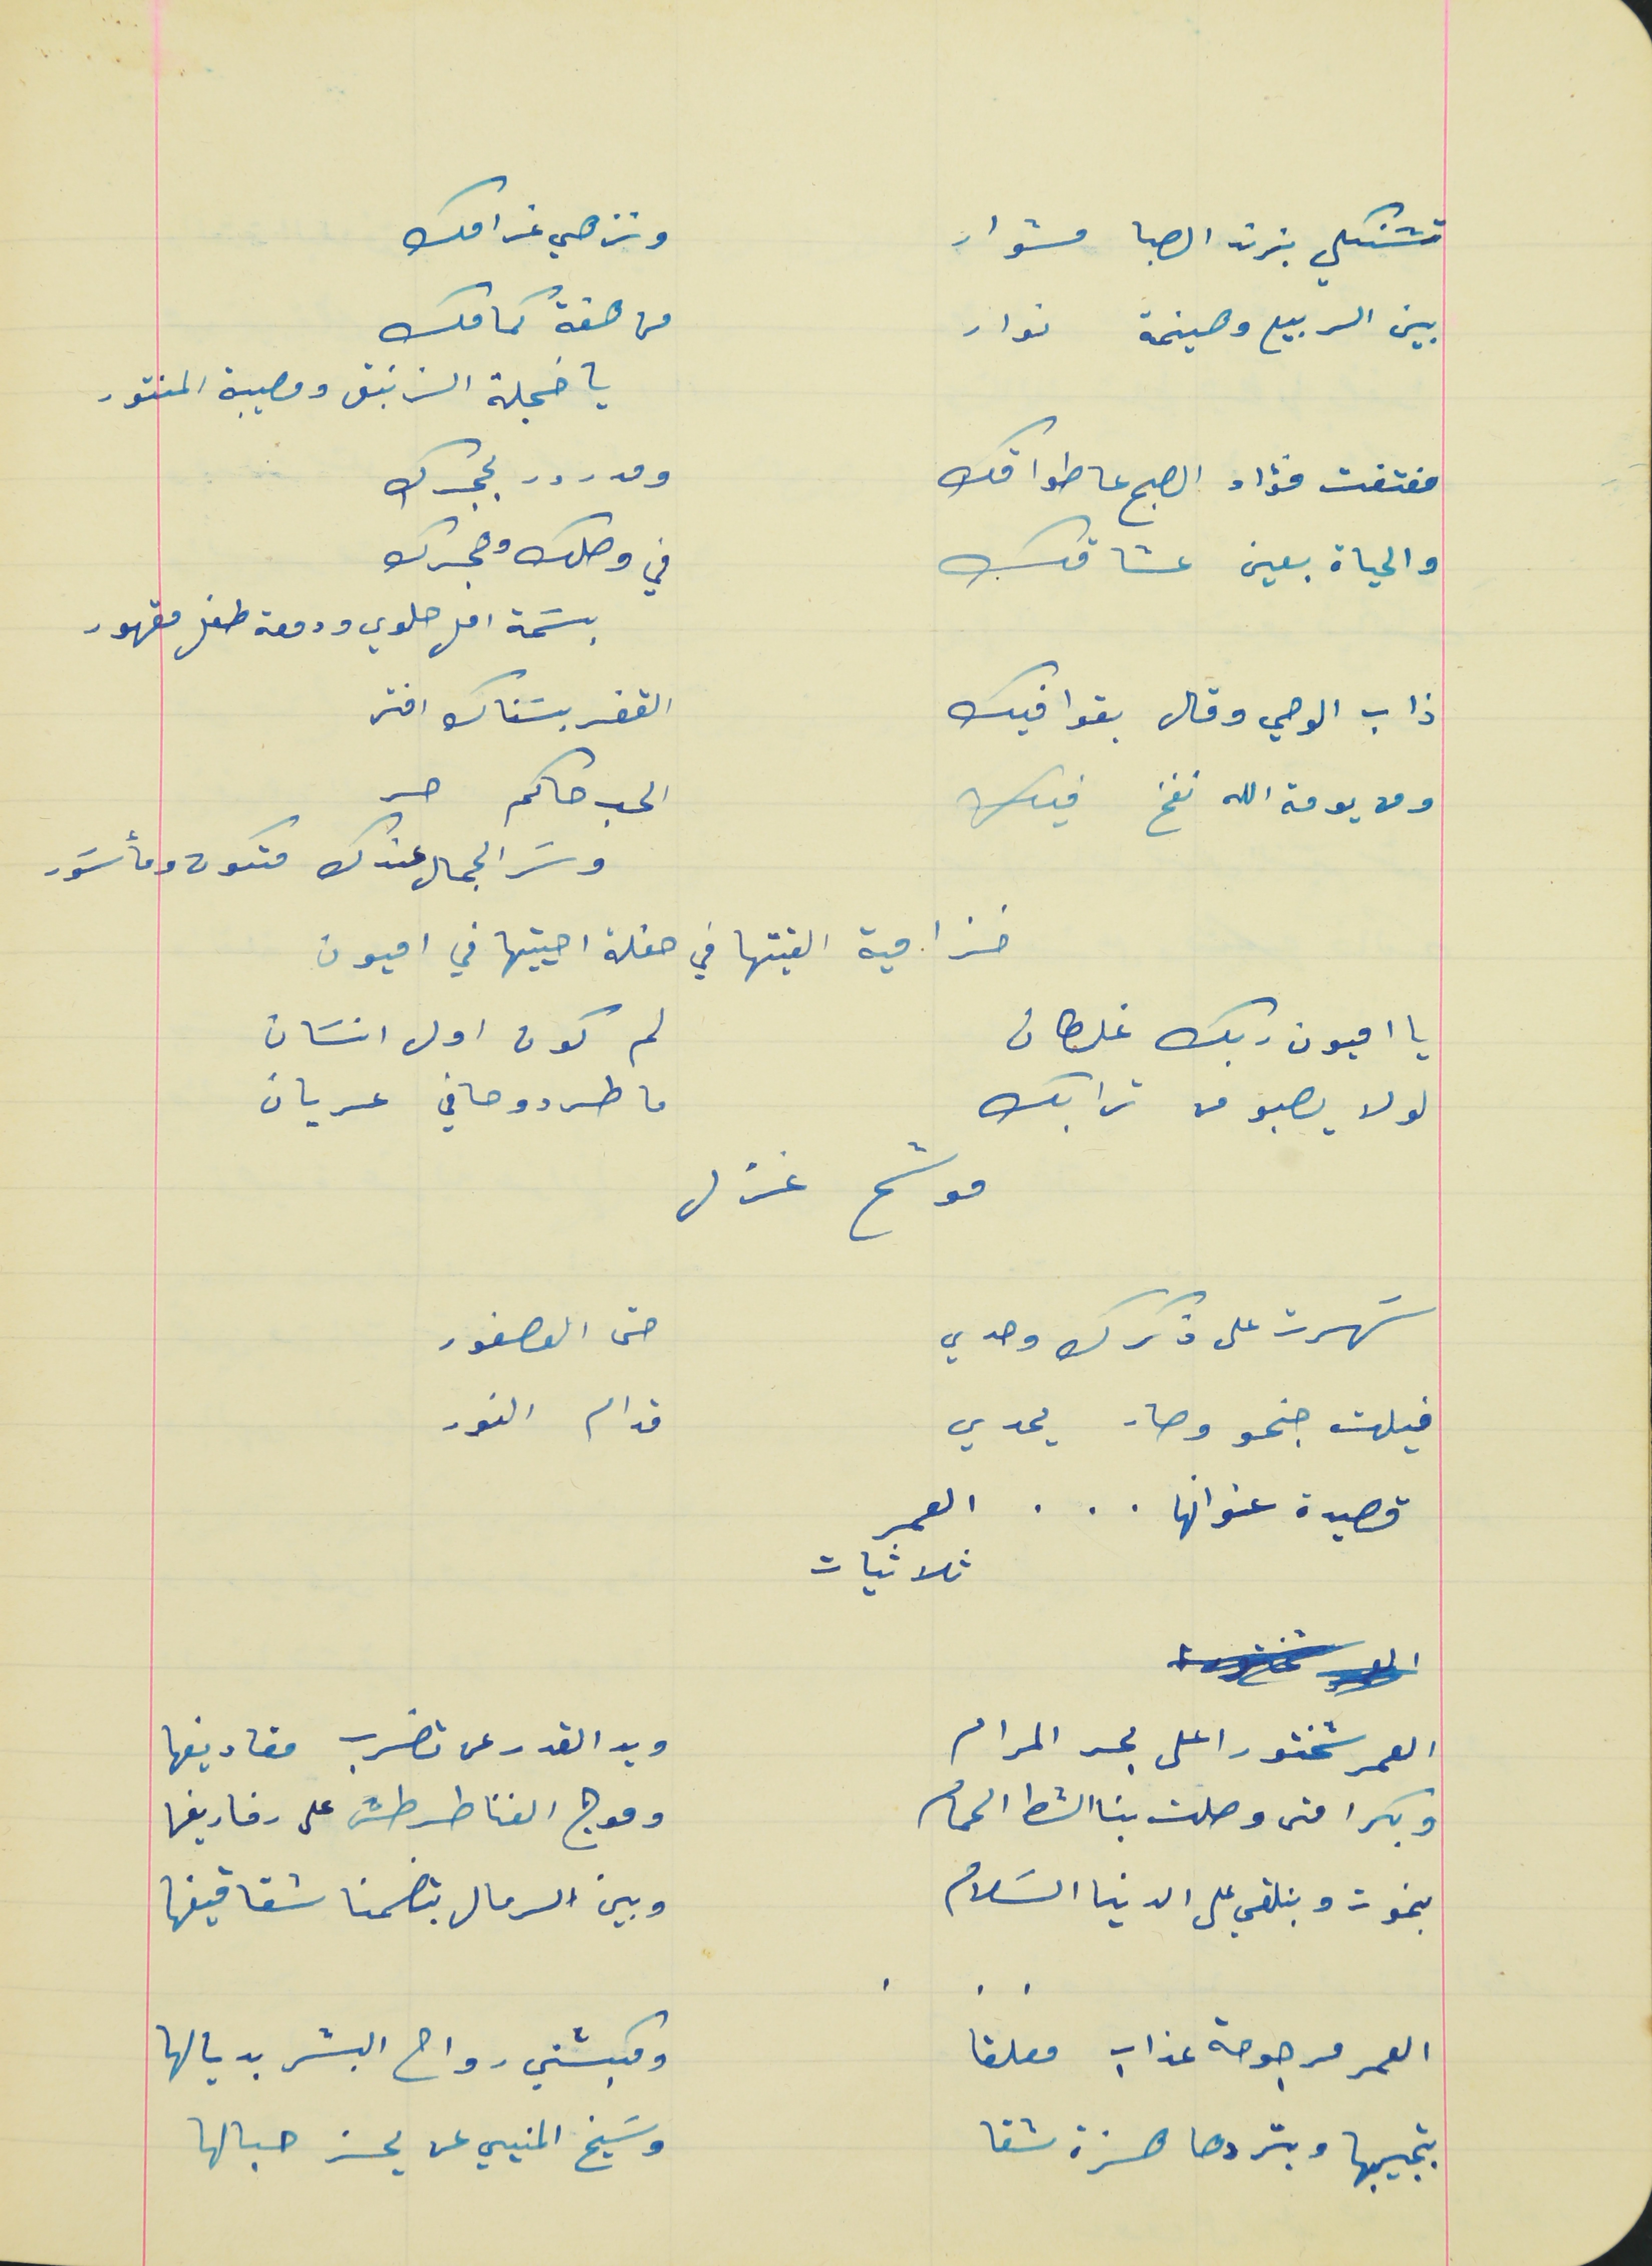
تشنكلي بزند الصبا مشوار                              ونزهي غرامك
بين الربيع وهينمة نوار                                    من هفة كمامك
 يا خجلة الزنبق ومصيبة المنتور
مفتفت فؤاد الصبح عا طواقك                          ومدرور بحجرك
والحياة بعين عشاقك                                        في وصلك وهجرك
بسَمة امل حلوي ودمعة طفل مقهور
ذاب الوحي وقال بقوافيك                                  القفر بسَناك افتر
ومن يومة الله نفخ فيك                                     الحب حاكم حر
وسَر الجمال عندك متكون ومأسَور
خزامية القيتها في حفلة احييتها في اميون
يا اميون ربك غلطان                                       لم كون اول انسَان
لولا يصبو من ترابك                                         ما طردو حافي عريان
موشح غزل
سَهرت على ذكرك وحدي                                 حتى العصفور
فيلت جنحو وصار يحدي                                   قدام النور
قصيدة عنوانها   .  .  .   العمر
العمر شختور اعلى بحر المرام                             ويد القدر عن تضرب مقاديفها
وبكرا متى وصلت بنا الشط الحمام                        وموج الغنا طرطش على رفاريفها
بنموت وبنلقي على الدينا السَلام                           وبين الرمال بتضمنا شقاقيفها
العمر مرجوحة عذاب معلقا                                    ومكبشين رواح البشر بديالها
بتجيبها وبتردها هزة شقا                                           وسَيخ المنيي عن يحز حبالها
ثلاثيات
    .    .    .